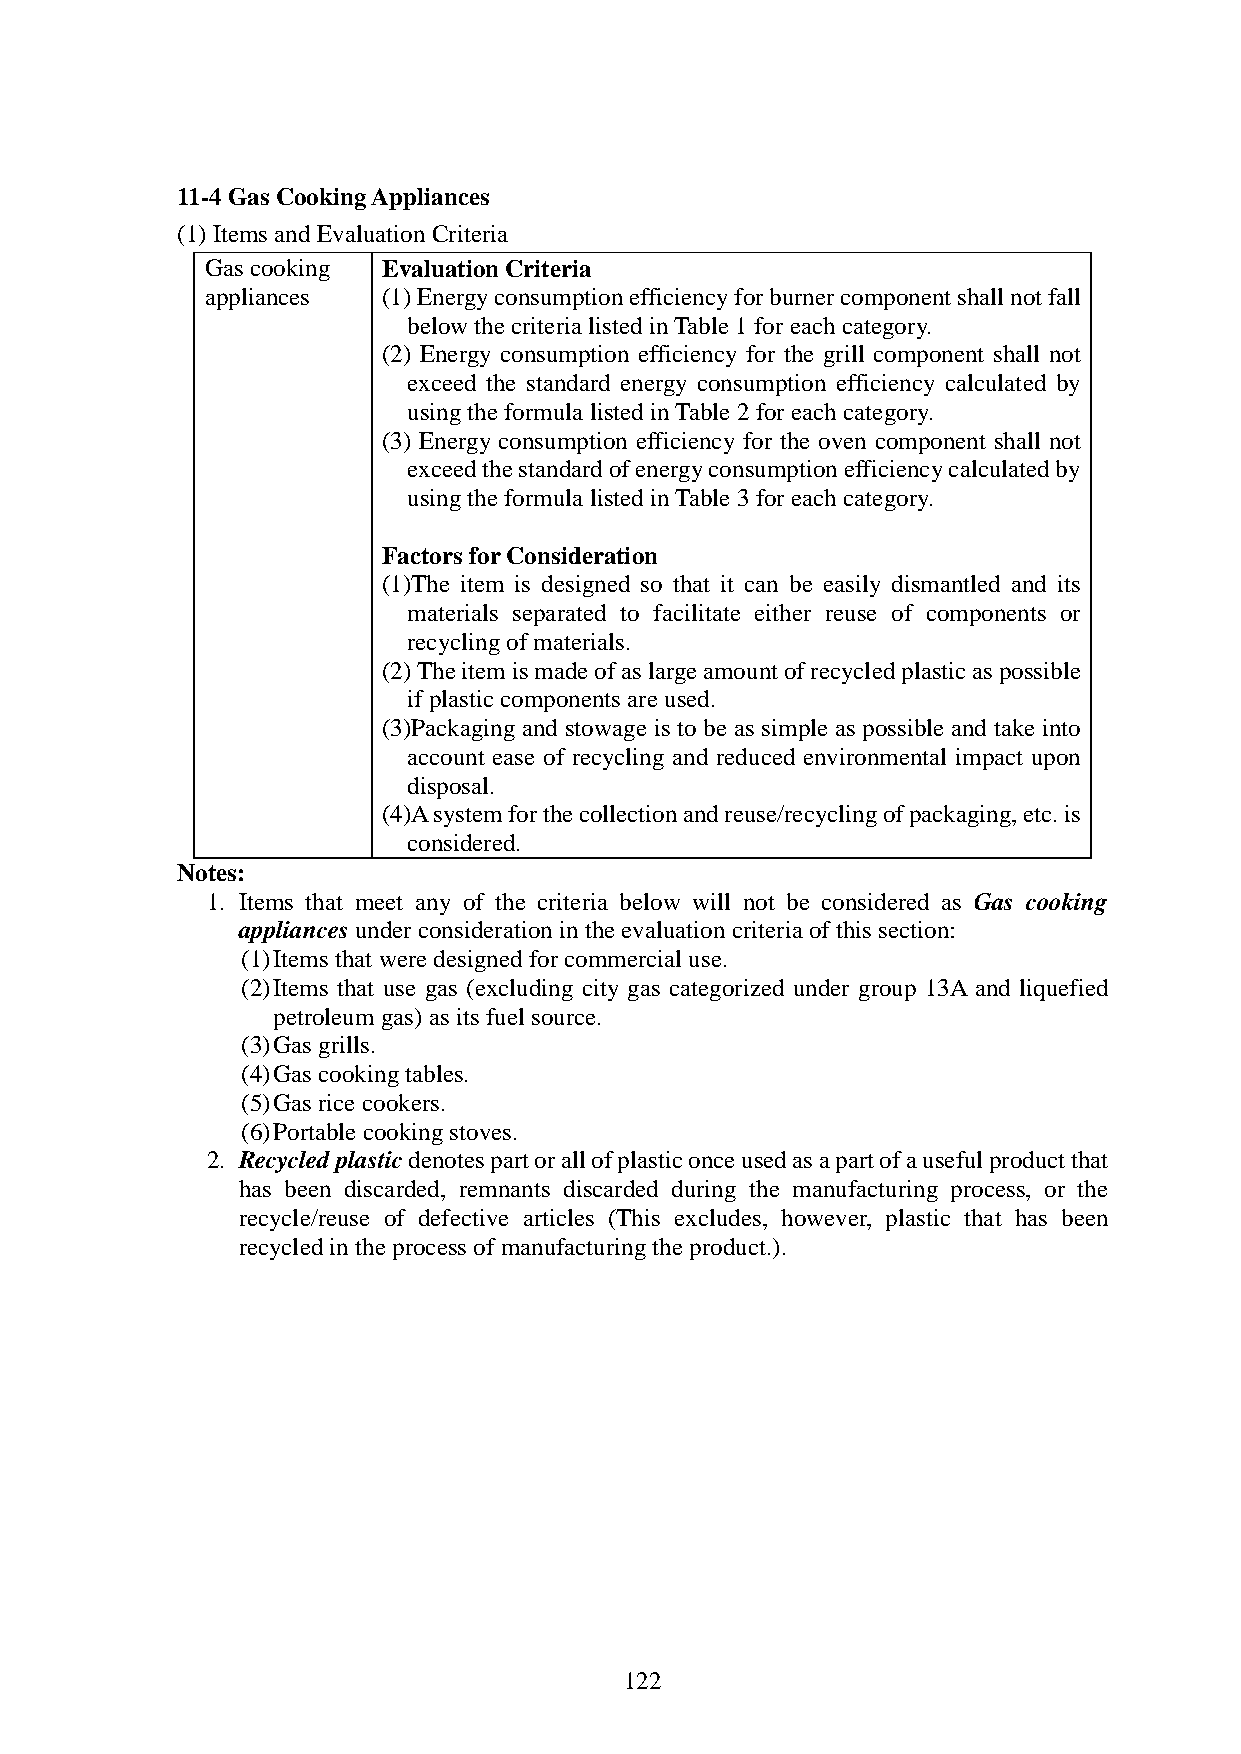
11-4 Gas Cooking Appliances
 (1) Items and Evaluation Criteria
 Gas cooking Evaluation Criteria
 appliances (1) Energy consumption efficiency for burner component shall not fall
 below the criteria listed in Table 1 for each category.
 (2) Energy consumption efficiency for the grill component shall not
 exceed the standard energy consumption efficiency calculated by
 using the formula listed in Table 2 for each category.
 (3) Energy consumption efficiency for the oven component shall not
 exceed the standard of energy consumption efficiency calculated by
 using the formula listed in Table 3 for each category.
 Factors for Consideration
 (1)The item is designed so that it can be easily dismantled and its
 materials separated to facilitate either reuse of components or
 recycling of materials.
 (2) The item is made of as large amount of recycled plastic as possible
 if plastic components are used.
 (3)Packaging and stowage is to be as simple as possible and take into
 account ease of recycling and reduced environmental impact upon
 disposal.
 (4)A system for the collection and reuse/recycling of packaging, etc. is
 considered.
 Notes:
 1. Items that meet any of the criteria below will not be considered as Gas cooking
 appliances under consideration in the evaluation criteria of this section:
 (1) Items that were designed for commercial use.
 (2) Items that use gas (excluding city gas categorized under group 13A and liquefied
 petroleum gas) as its fuel source.
 (3) Gas grills.
 (4) Gas cooking tables.
 (5) Gas rice cookers.
 (6) Portable cooking stoves.
 2. Recycled plastic denotes part or all of plastic once used as a part of a useful product that
 has been discarded, remnants discarded during the manufacturing process, or the
 recycle/reuse of defective articles (This excludes, however, plastic that has been
 recycled in the process of manufacturing the product.).
 122